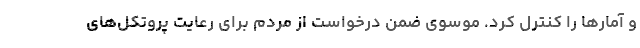
و آمارها را کنترل کرد. موسوی ضمن درخواست از مردم برای رعایت پروتکل‌های